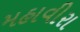
મહાવીરા